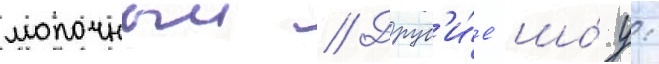
молочныи // Друг'и́е шо́у: